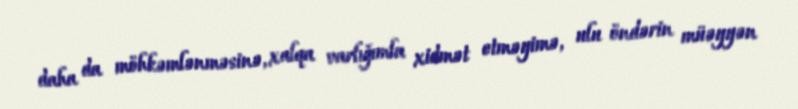
daha da möhkəmlənməsinə, xalqa varlığımla xidmət etməyimə, ulu öndərin müəyyən